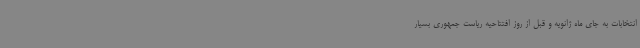
انتخابات به جای ماه ژانویه و قبل از روز افتتاحیه ریاست جمهوری بسیار